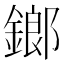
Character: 鎯